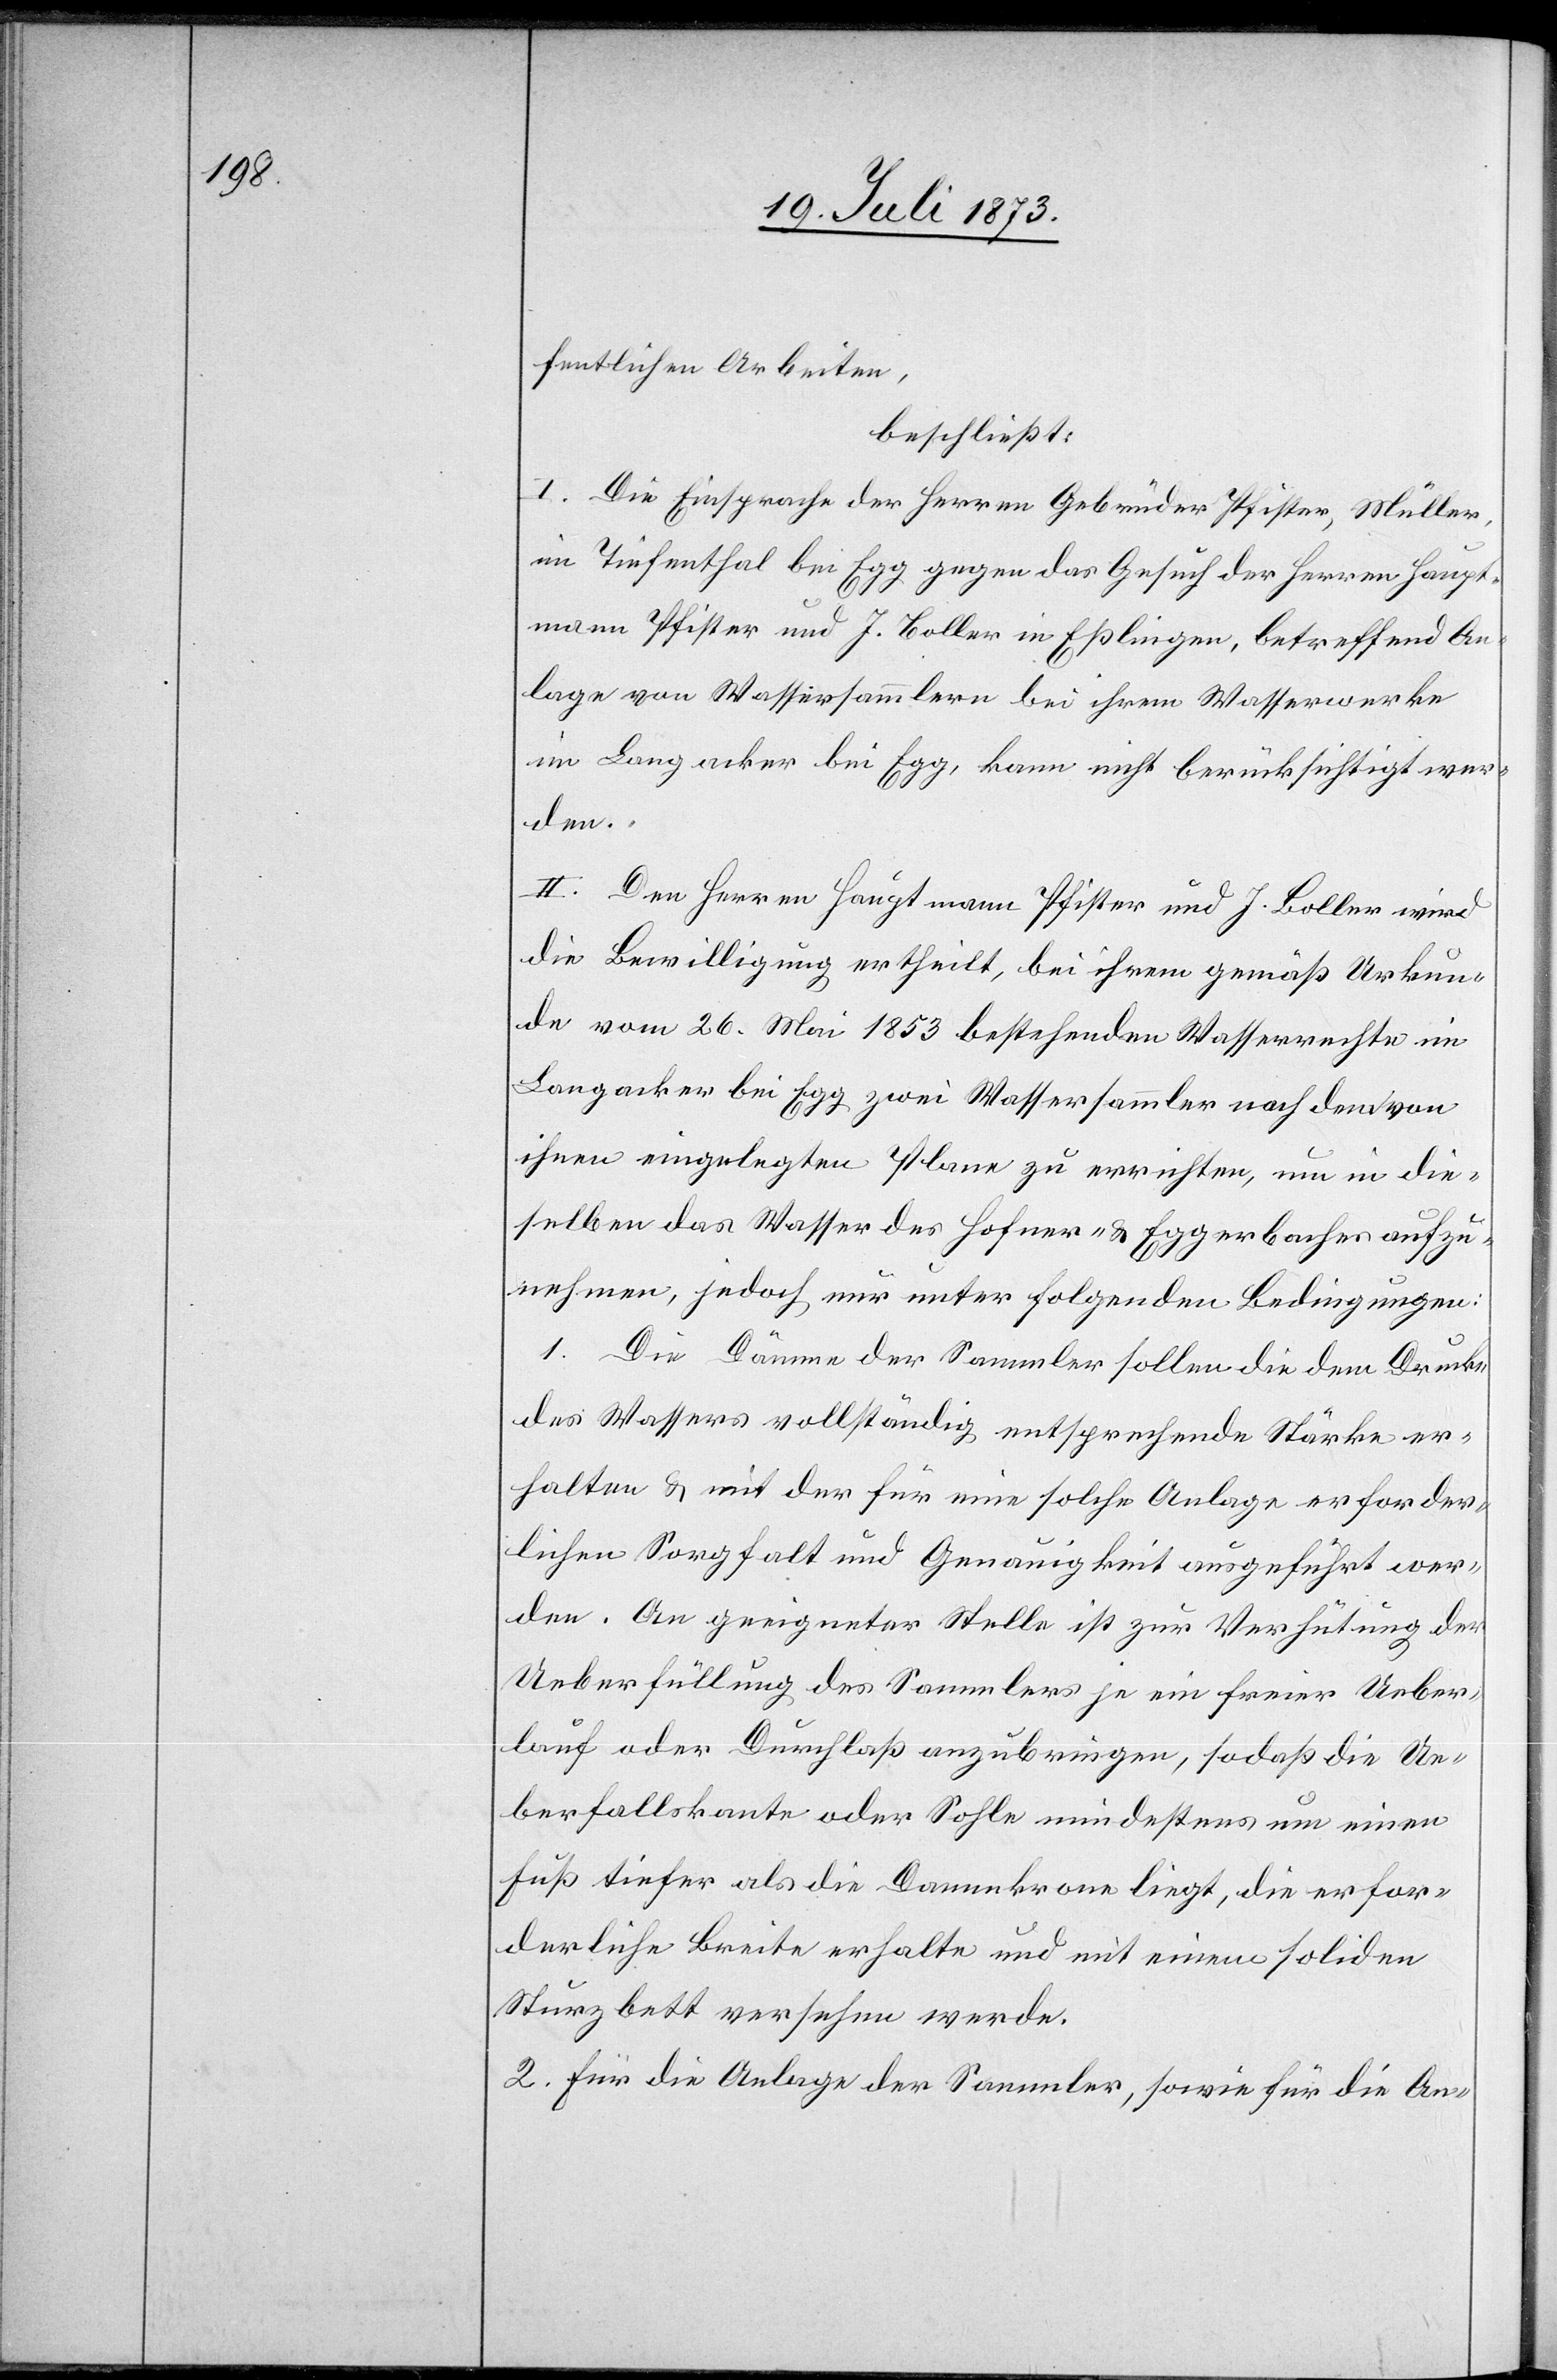
fentlichen Arbeiten,
beschließt:
I. Die Einsprache der Herren Gebrüder Pfister, Müller,
im Tiefenthal bei Egg gegen das Gesuch der Herren Haupt¬
mann Pfister und J. Boller in Eßlingen, betreffend An¬
lage von Wassersammlern bei ihrem Wasserwerke
im Langacker bei Egg, kann nicht berücksichtigt wer¬
den.
II. Den Herren Hauptmann Pfister und J. Boller wird
die Bewilligung ertheilt, bei ihrem gemäß Urkun¬
de vom 26. Mai 1853 bestehenden Wasserrechte im
Langacker bei Egg zwei Wassersammler nach dem von
ihnen eingelegten Plane zu errichten, um in die¬
selben das Wasser des Hofner- & Eggerbaches aufzu¬
nehmen, jedoch nur unter folgenden Bedingungen:
1. Die Dämme der Sammler sollen die dem Drucke
des Wassers vollständig entsprechende Stärke er¬
halten & mit der für eine solche Anlage erforder¬
lichen Sorgfalt und Genauigkeit ausgeführt wer¬
den. An geeigneter Stelle ist zur Verhütung der
Ueberfüllung des Sammlers je ein freier Ueber¬
lauf oder Durchlaß anzubringen, sodaß die Ue¬
berfallskante oder Sohle mindestens um einen
Fuß tiefer als die Dammkrone liegt, die erfor¬
derliche Breite erhalte und mit einem soliden
Sturzbett versehen werde.
2. Für die Anlage der Sammler, sowie für die An-